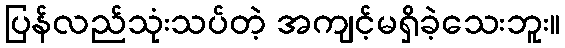
ပြန်လည်သုံးသပ်တဲ့ အကျင့်မရှိခဲ့သေးဘူး။